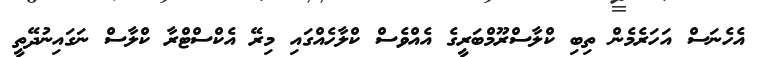
އެހެނަސް އަހަރެމެން ތިބި ކްލާސްރޫމްބަރީގެ އެއްވެސް ކްލާހެއްގައި މިރޭ އެކްސްޓްރާ ކްލާސް ނަގައިނުދޭތީ